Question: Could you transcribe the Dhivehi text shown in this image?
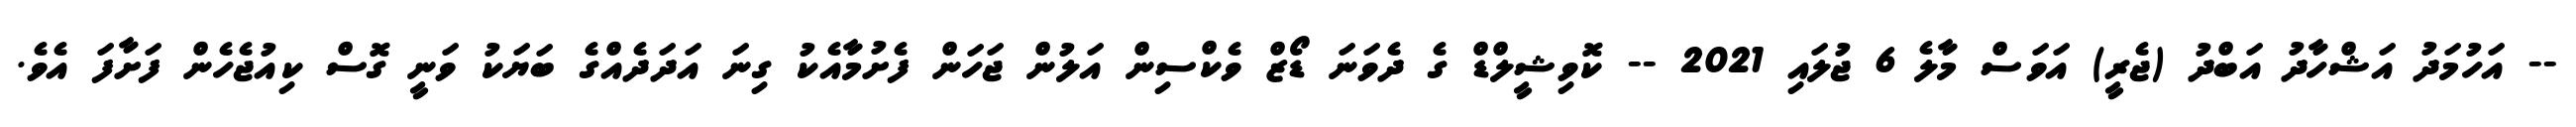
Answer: -- އަހުމަދު އަޝްހާދު އަބްދު (ޖެރީ) އަވަސް މާލެ 6 ޖުލައި 2021 -- ކޮވިޝީލްޑް ގެ ދެވަނަ ޑޯޒް ވެކްސިން އަލުން ޖަހަން ފެށުމާއެކު ގިނަ އަދަދެއްގެ ބަޔަކު ވަނީ ގޮސް ކިއުޖެހެން ފަށާފަ އެވެ.